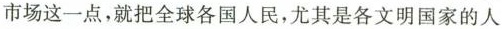
市场这一点，就把全球各国人民，尤其是各文明国家的人